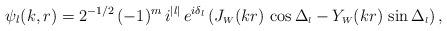
LaTeX: \begin{align*}\psi_l(k,r)=2^{-1/2}\,(-1)^m\,i^{|l|}\, e^{i \delta_l}\,(J_{\scriptscriptstyle{W}}(kr)\,\cos \Delta_{\scriptscriptstyle{l}}- Y_{\scriptscriptstyle{W}}(kr) \,\sin \Delta_{\scriptscriptstyle{l}})\,,\end{align*}